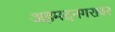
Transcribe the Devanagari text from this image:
अहमदनगरावर